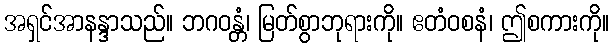
အရှင်အာနန္ဒာသည်။ ဘဂဝန္တံ၊ မြတ်စွာဘုရားကို။ ဧတံဝစနံ၊ ဤစကားကို။